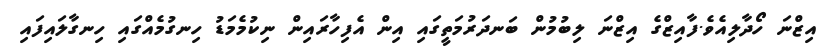
އިޒްނަ ހޯދާލިއެވެ.ފާއިޒްގެ އިޒްނަ ލިބުމުން ބަނދަރުމަތީގައި އިން އެފިހާރައިން ނިކުމެމަޑު ހިނގުމެއްގައި ހިނގާލައިފައި